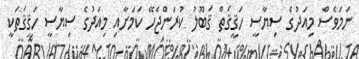
ނަމަވެސް މިއަދުގެ ސިޔާސީ ހަޤީޤަތް ޤަބޫލު ކުރަންޖެހޭ ކަމަށާއި މިއަދުގެ ސިޔާސީ ހަޤީޤަތަކީ